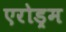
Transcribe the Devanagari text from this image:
एरोड्रम